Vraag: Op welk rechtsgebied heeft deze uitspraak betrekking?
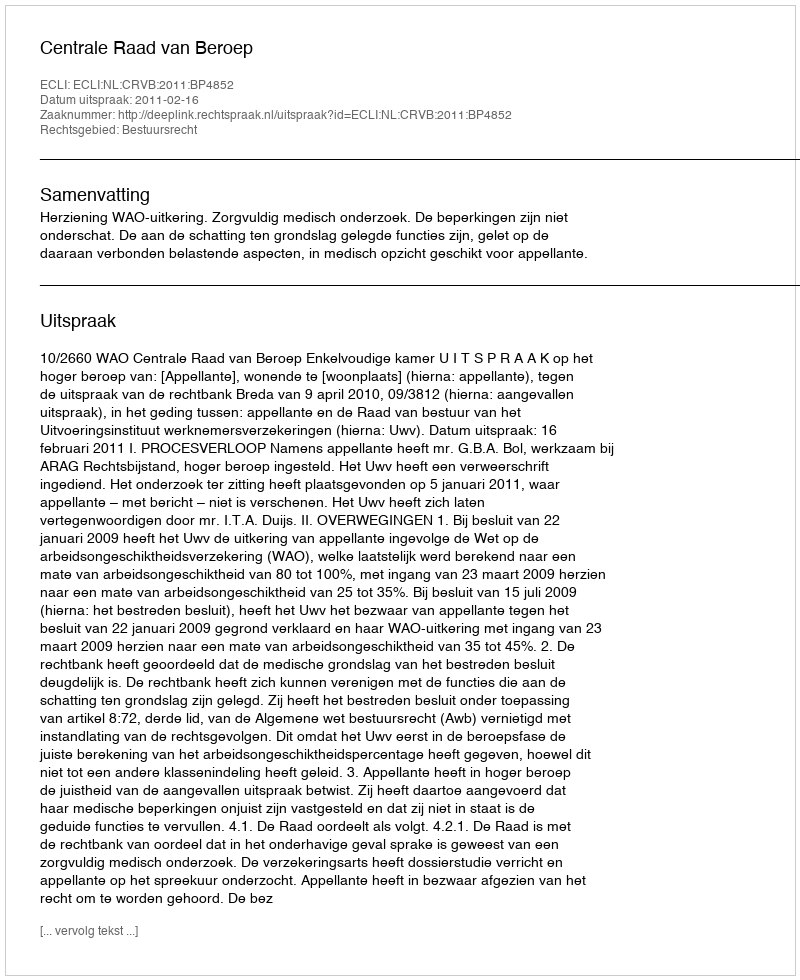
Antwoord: Bestuursrecht